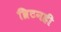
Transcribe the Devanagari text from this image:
ब्रिटनही